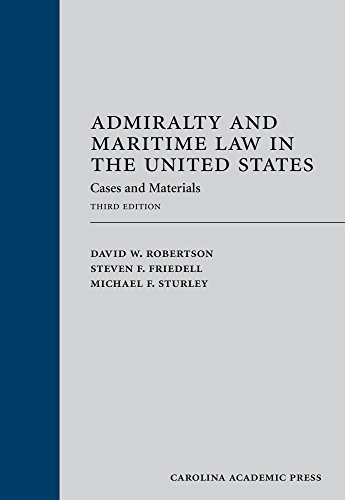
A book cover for Admiralty and Maritime Law in the United States: Cases and Materials, Third Edition; David W. Robertson; Law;